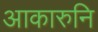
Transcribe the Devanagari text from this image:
आकारुनि